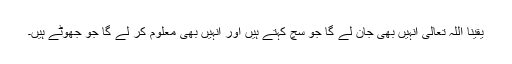
یقینا اللہ تعالی انہیں بھی جان لے گا جو سچ کہتے ہیں اور انہیں بھی معلوم کر لے گا جو جھوٹے ہیں۔